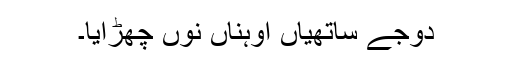
دوجے ساتھیاں اوہناں نوں چھڑایا۔